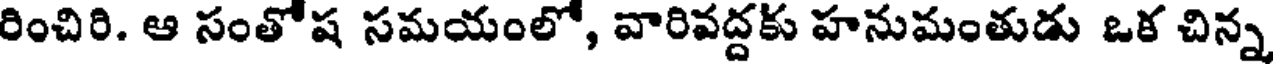
రించిరి. ఆ సంతోష సమయంలో, వారివద్దకు హనుమంతుడు ఒక చిన్న